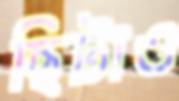
ছিটাও